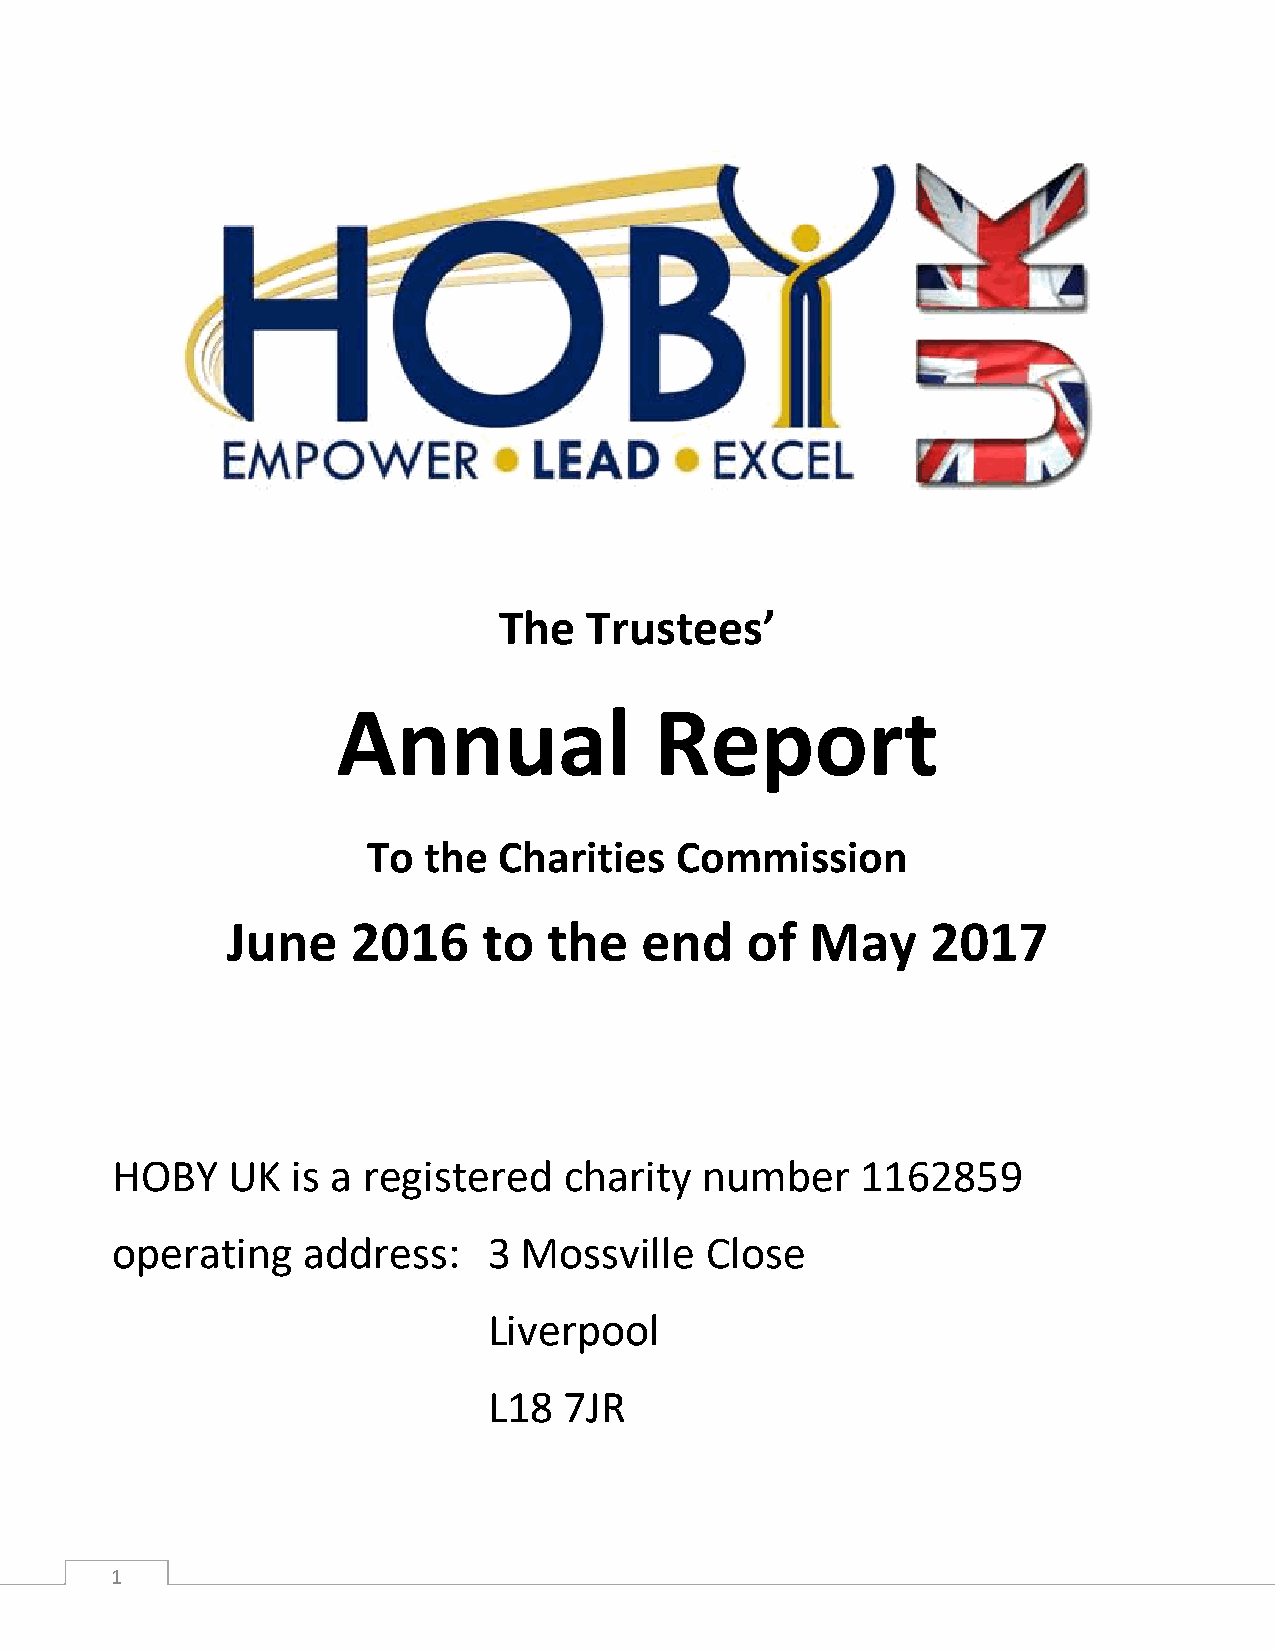
The   Trustees’
 Annual               Report
 To  the  Charities   Commission
 June    2016     to  the   end    of   May     2017
 HOBY    UK  is a registered   charity  number     1162859
 operating    address:    3  Mossville   Close
 Liverpool
 L18  7JR
 1